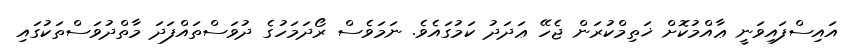
އައިސްފައިވަނީ ޢާއްމުކޮށް ޚަތިމްކުރަން ޖެހޭ ޢަދަދު ކަމުގައެވެ. ނަމަވެސް ރޯދަމަހުގެ ދުވަސްތައްފަދަ މާތްދުވަސްތަކުގައި